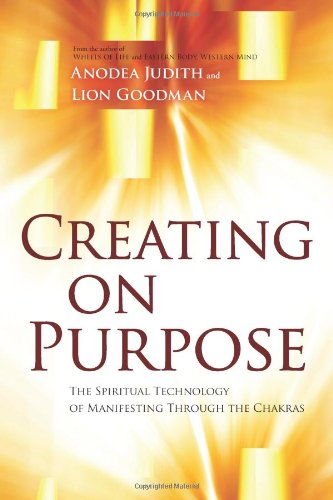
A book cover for Creating on Purpose: The Spiritual Technology of Manifesting Through the Chakras; Anodea Judith; Religion & Spirituality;